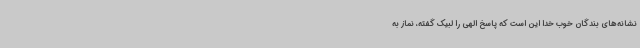
نشانه‌های بندگان خوب خدا این است که پاسخ الهی را لبیک گفته، نماز به